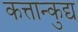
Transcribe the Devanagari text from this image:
कत्तान्कुद्य